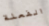
الفعلة